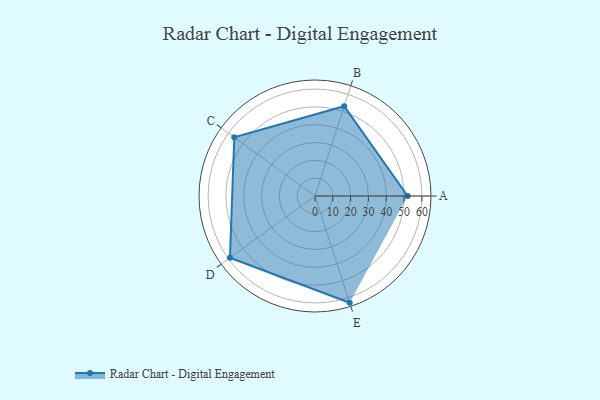
{"axis": {"x": "Skill", "y": "Score"}, "legend": ["Profile"], "data": [{"x": "A", "y": 52.0, "type": "Profile"}, {"x": "B", "y": 53.0, "type": "Profile"}, {"x": "C", "y": 56.0, "type": "Profile"}, {"x": "D", "y": 59.0, "type": "Profile"}, {"x": "E", "y": 63.0, "type": "Profile"}]}